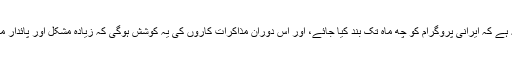
اس معاہدے کا فوری مقصد یہ ہے کہ ایرانی پروگرام کو چھ ماہ تک بند کیا جائے، اور اِس دوران مذاکرات کاروں کی یہ کوشش ہوگی کہ زیادہ مُشکل اور پائدار معاہدے پر اتفاق رائے ہوجائے۔